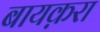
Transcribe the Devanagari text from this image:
बायक़रा